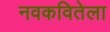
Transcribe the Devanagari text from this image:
नवकवितेला